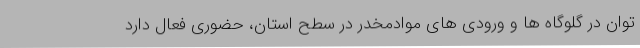
توان در گلوگاه ها و ورودی های موادمخدر در سطح استان، حضوری فعال دارد